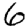
Digit: 6